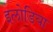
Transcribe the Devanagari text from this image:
इलोडिया